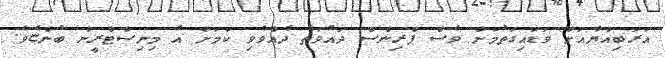
އަަރަބިއްޔާއަށް ވަޑައިގަތުމަށް ވެސް ޕްރިންސް ދައުވަތު ދެއްވެވި ކަމަށް އެ މިނިސްޓްރީން ބުންޏެވެ.